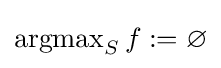
\operatorname {argmax} _{S}f:=\varnothing